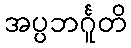
အပ္ပဘင်္ဂူတိ